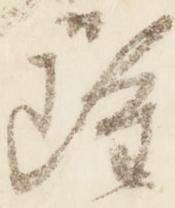
雖